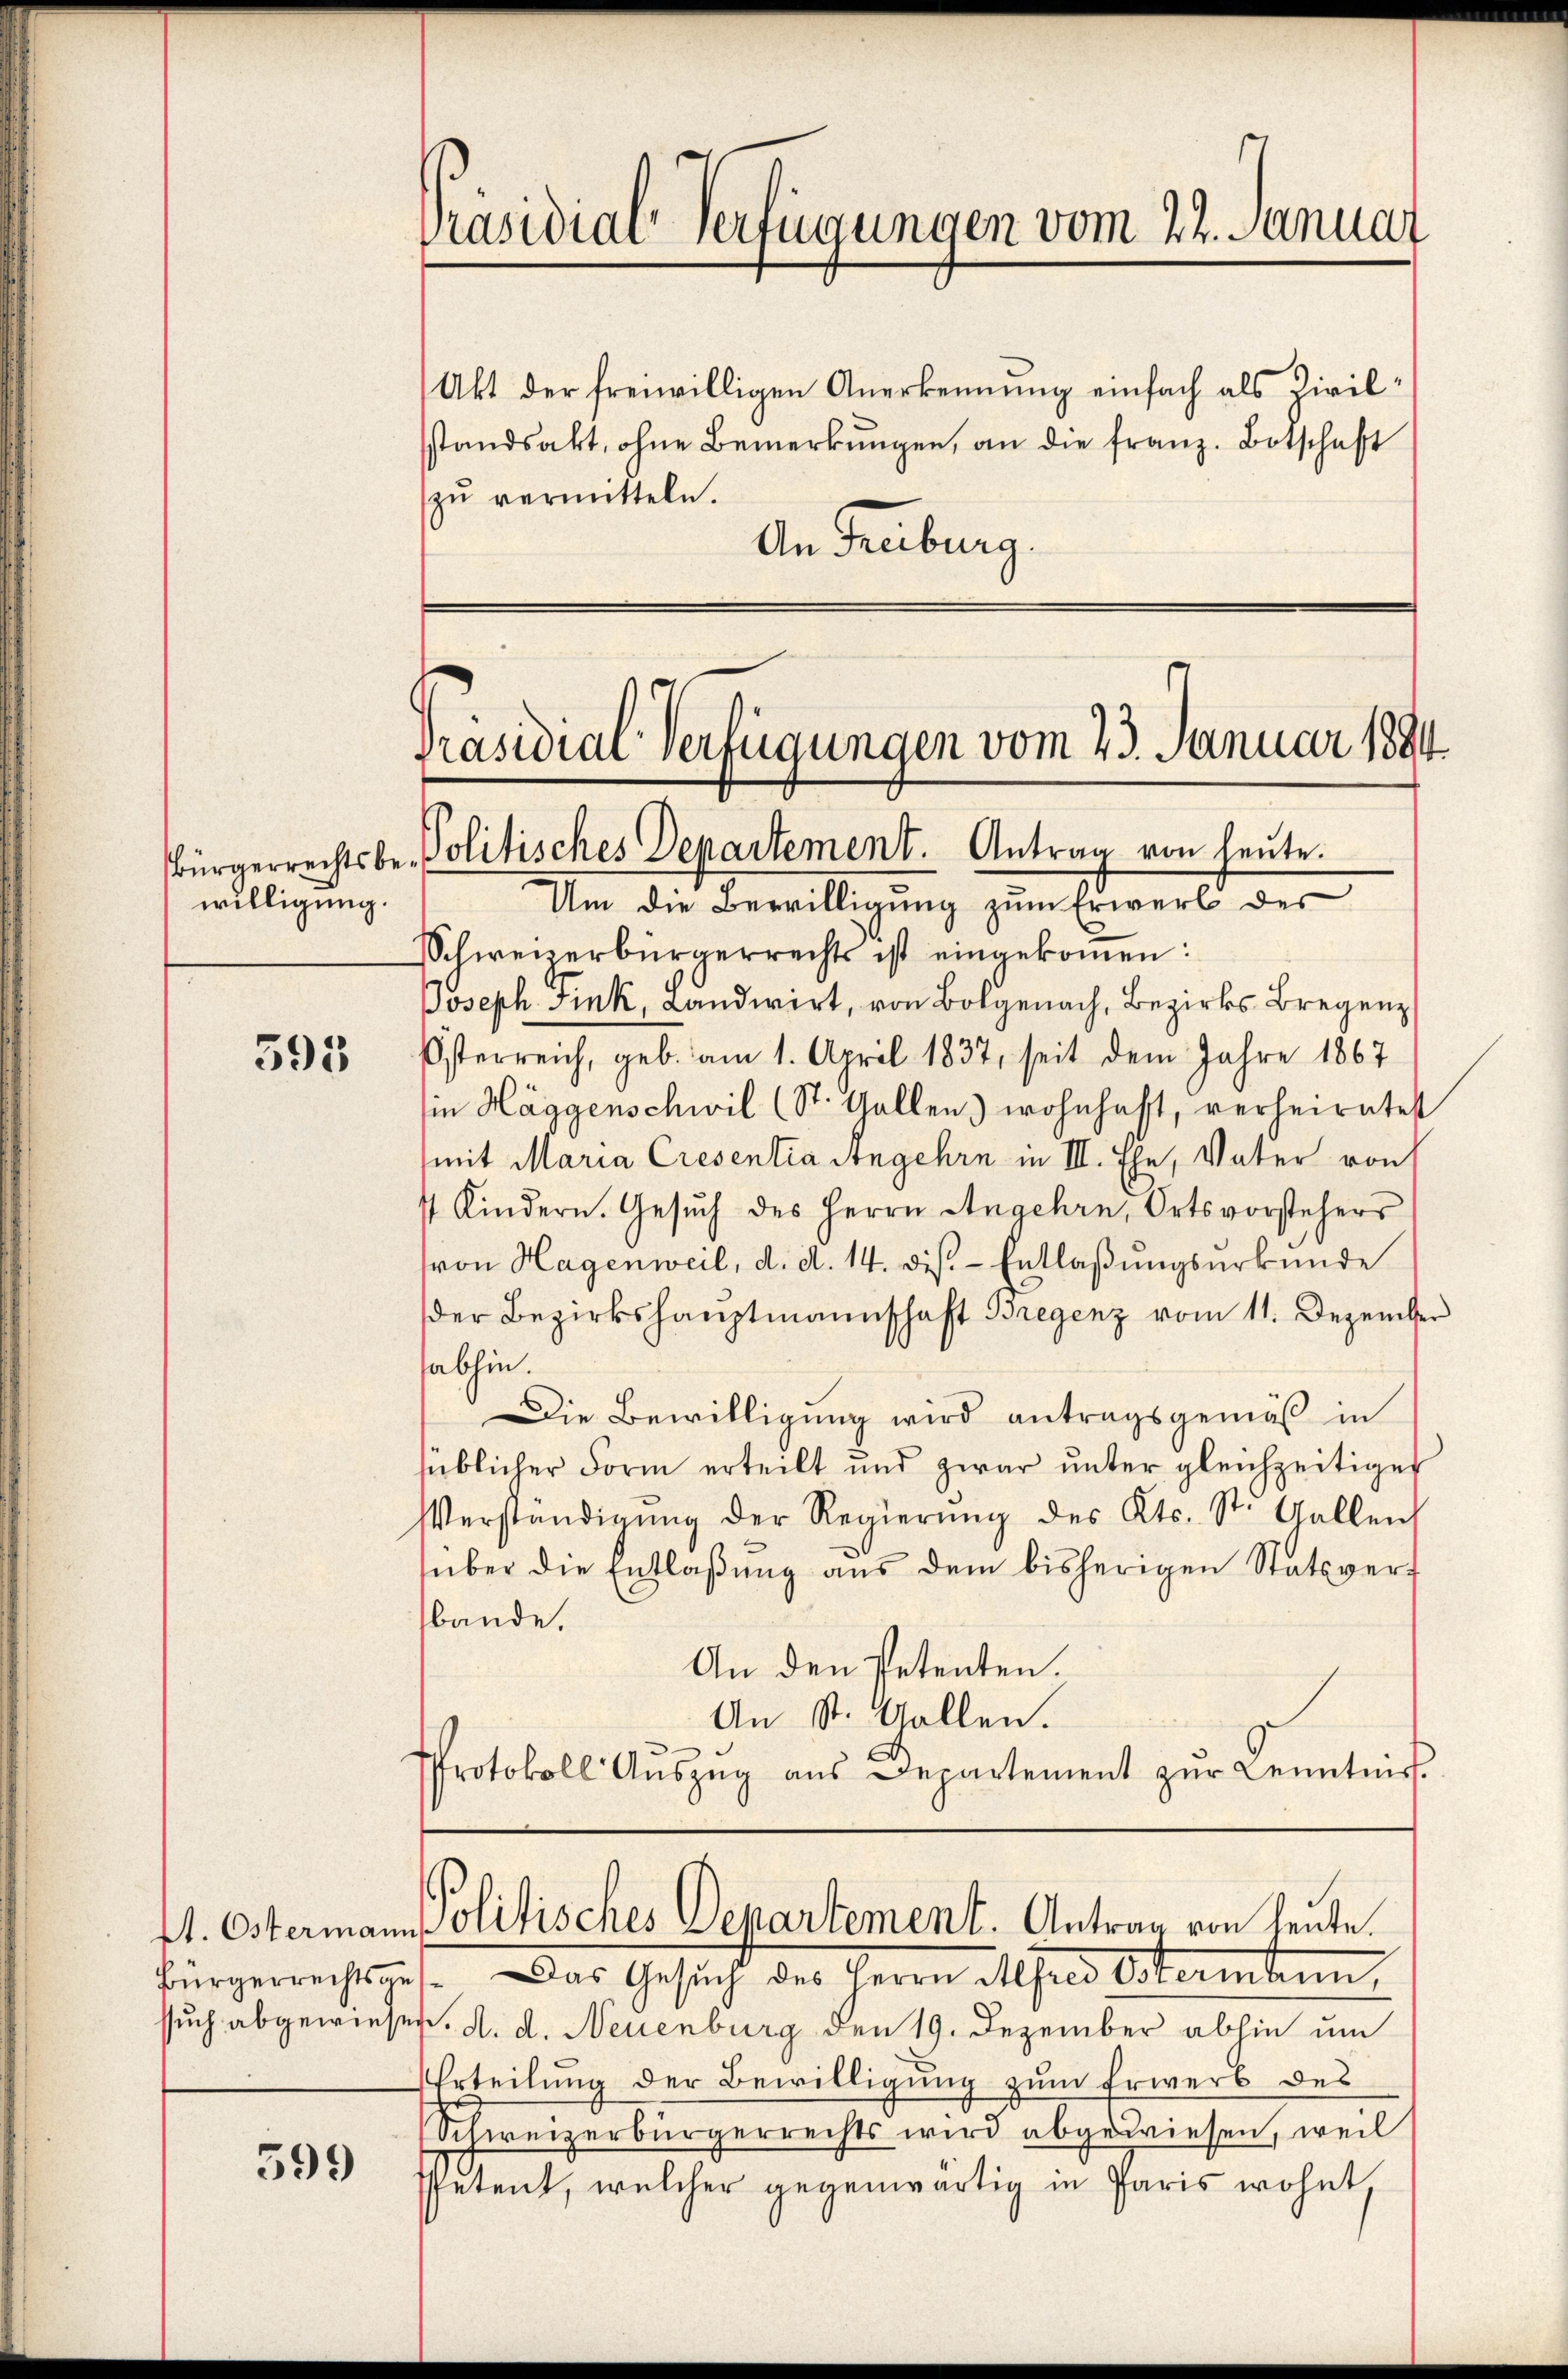
395

599

willigung.

Präsidial-Verfügungen vom 22. Januar

Akt der freiwilligen Anerkennung einfach als Zivilsstandsakt, ohne Bemerkŭngen, an die franz. Botschaft
zŭ vermitteln.
An Freiburg.

Präsidial-Verfügungen vom 23. Januar 1894
Bürgerrechtsbe-Politisches Departement. Antrag von heute.

St. Ostermann Politisches Departement. Antrag von heute.
Bürgerrechtsges. Das Gesuch des Herrn Alfrei Ostermann

Um die Bewilligung zum Erwerb der
Schweizerbürgerrechts ist eingekoṁen:
Joseph Fink, Landwirt, von Botgenach, Bezirks Bregenz
Österreich, geb. am 1. April 1837, seit dem Jahre 1867
ie Häggenschwil (St. Gallen) wohnhaft, verheiratet
mit Maria Cresentia Angehre in III. Ehe, Vater von
s Kindern. Gesŭch des Herrn Angehrn, Ortsvorstehers
von Hagenweil, d. d. 14. diβ. - Entlaßungsurkunde
der Bezirkshauptmannschaft Bregenz vom 11. Dezember
abhin.
Die Bewilligung wird antragsgemäß in
süblicher Form erteilt und zwar ŭnter gleichzeitiget
Verständigŭng der Regierŭng des Kts. St. Gallen
süber die Entlaßung aus dem bisherigen Statsverf
bande.
An den Petenten.
An St. Gallen.
Protokoll Aŭszŭg aŭs Departement zŭr Kenntniss.

such abgewiesen. d. d. Neuenburg den 19. Dezember abhin um
Erteilung der Bewilligung zum Erwerb des
Schweizerbürgerrechts wird abgewiesen, weil
Petent, welcher gegenwärtig in Paris wohnt